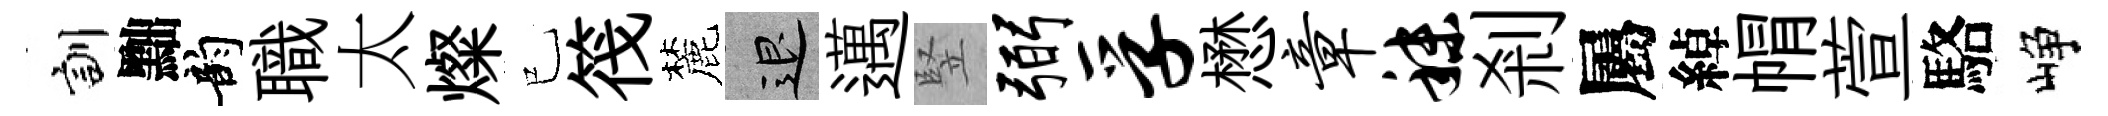
訓黜韵職太燦已筏麓退邁竪弼孚懋章秣剎屬綽㡌萱駱峥